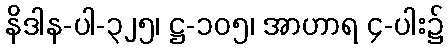
နိဒါန-ပါ-၃၂၅၊ ဋ္ဌ-၁၀၅၊ အာဟာရ ၄-ပါး၌